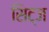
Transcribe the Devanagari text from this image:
सिट्ज